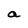
Character: a